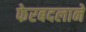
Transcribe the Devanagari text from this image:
फेरबदलाने